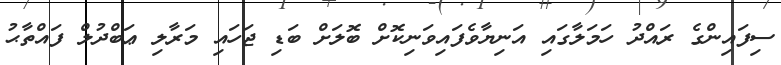
ސިފައިންގެ ރައްދު ހަަމަލާގައި އަނިޔާވެފައިވަނިކޮށް ބޮލަށް ބަޑި ޖަހައި މަރާލި ޢަބްދުލް ފައްތާޙު